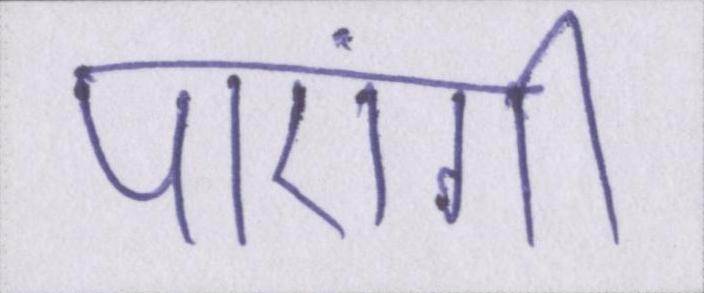
पाएंगीं